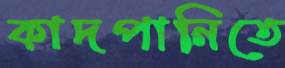
কাদপানিতে